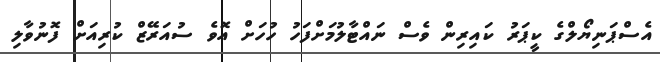
އެސްޕަނިޔޯލްގެ ކީޕަރު ކައިރިން ވެސް ނައްޓާލުމަށްފަހު ހުހަށް އޮވެ ސުއަރޭޒް ކުރިއަށް ފޮނުވާލި